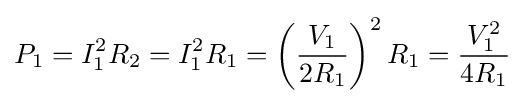
P_{\text{1}}=I_{1}^{2}R_{2}=I_{1}^{2}R_{1}=\left({\frac {V_{1}}{2R_{1}}}\right)^{2}R_{1}={\frac {V_{1}^{2}}{4R_{1}}}